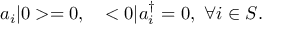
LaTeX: a _ { i } | 0 > = 0 , \ \ \ < 0 | a _ { i } ^ { \dagger } = 0 , \ \forall i \in S .